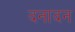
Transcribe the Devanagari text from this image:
दनादन